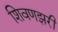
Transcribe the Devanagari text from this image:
शिवणझरी